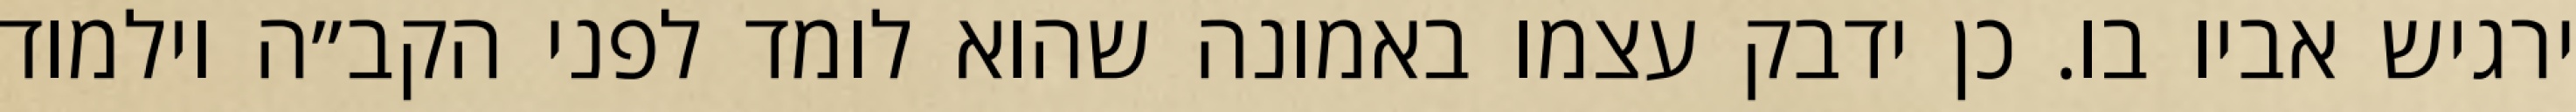
ירגיש אביו בו. כן ידבק עצמו באמונה שהוא לומד לפני הקב״ה וילמוד